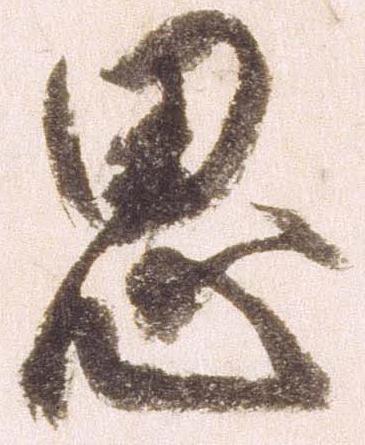
思